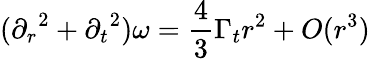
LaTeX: ({\partial_{r}}^{2}+{\partial_{t}}^{2})\omega=\frac{4}{3}\Gamma_{t}r^{2}+O(r^{3})